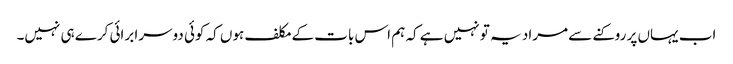
اب یہاں پر روکنے سے مراد یہ تو نہیں ہے کہ ہم اس بات کے مکلف ہوں کہ کوئی دوسرا برائی کرے ہی نہیں۔